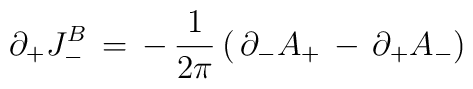
\partial_+ J^B_- \, =\,- \,{1\over{2\pi }}\, (\, \partial_- A_+\,-\,\partial_+ A_- )